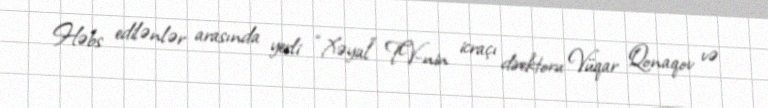
Həbs edilənlər arasında yerli “Xəyal” TV-nin icraçı direktoru Vüqar Qonaqov və